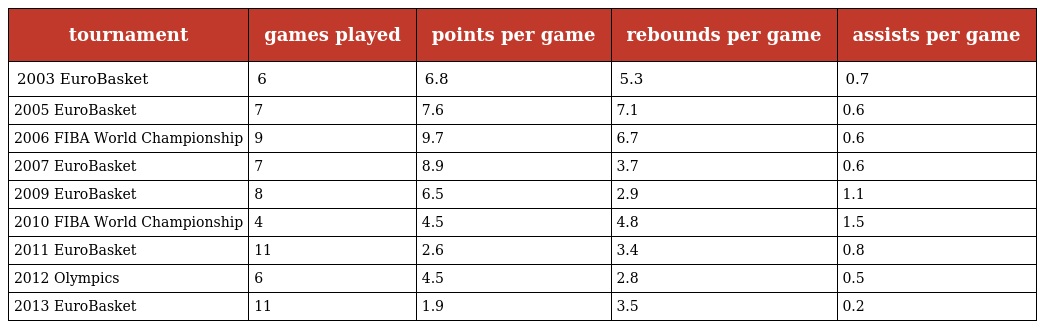
| tournament | games played | points per game | rebounds per game | assists per game |
 | --- | --- | --- | --- | --- |
 | 2003 EuroBasket | 6 | 6.8 | 5.3 | 0.7 |
 | 2005 EuroBasket | 7 | 7.6 | 7.1 | 0.6 |
 | 2006 FIBA World Championship | 9 | 9.7 | 6.7 | 0.6 |
 | 2007 EuroBasket | 7 | 8.9 | 3.7 | 0.6 |
 | 2009 EuroBasket | 8 | 6.5 | 2.9 | 1.1 |
 | 2010 FIBA World Championship | 4 | 4.5 | 4.8 | 1.5 |
 | 2011 EuroBasket | 11 | 2.6 | 3.4 | 0.8 |
 | 2012 Olympics | 6 | 4.5 | 2.8 | 0.5 |
 | 2013 EuroBasket | 11 | 1.9 | 3.5 | 0.2 |